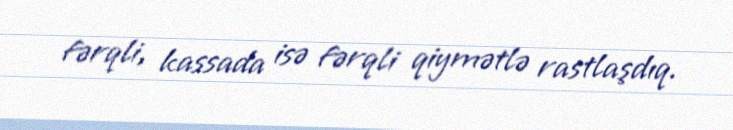
fərqli, kassada isə fərqli qiymətlə rastlaşdıq.